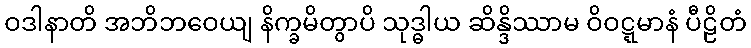
ဝဒါနာတိ အဘိဘဝေယျ နိက္ခမိတွာပိ သုဒ္ဓါယ ဆိန္ဒိဿာမ ဝိဝဋ္ဋမာနံ ပီဠိတံ